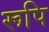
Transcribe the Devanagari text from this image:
रूपि